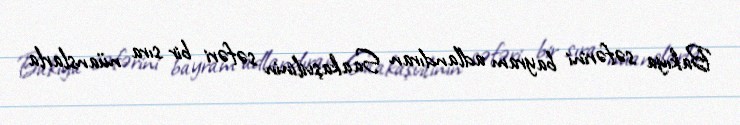
Bakıya səfərini bayram adlandıran Saakaşvilinin səfəri bir sıra nüanslarla